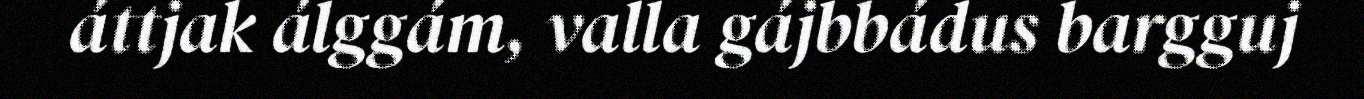
áttjak álggám, valla gájbbádus bargguj